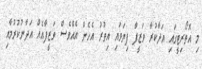
މި އޮތޯރިޓީގައި އަދާކުރާ ވަޒީފާ ފިޔަވައި އިތުރު އެހެން އެއްވެސް ވަޒީފާއެއް އަދާނުކުރުމާއި